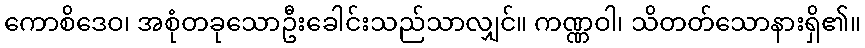
ကောစိဒေဝ၊ အစုံတခုသောဦးခေါင်းသည်သာလျှင်။ ကဏ္ဏဝါ၊ သိတတ်သောနားရှိ၏။